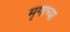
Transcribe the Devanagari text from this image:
मृगाच्या